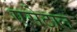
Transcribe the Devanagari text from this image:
एसेटाल